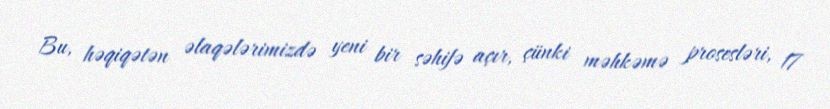
Bu, həqiqətən əlaqələrimizdə yeni bir səhifə açır, çünki məhkəmə prosesləri, 17